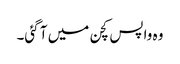
وہ واپس کچن میں آ گئی۔